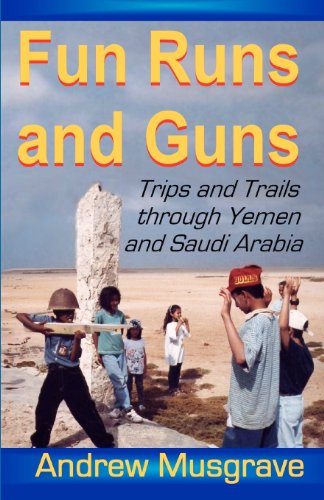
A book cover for Fun Runs and Guns - Trips and Trails through Yemen and Saudi Arabia: Second Edition; Andrew Musgrave; Travel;